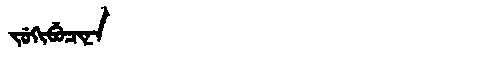
Manchu: ᠵᡠᡴᡳᠪᡠᠴᡳᠨᠠ
Romanization: JUKIBUCINA